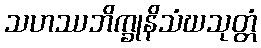
သဟဿဘိက္ခုနိသံဃသုတ္တံ